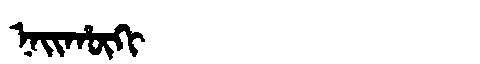
Manchu: ᠨᠠᡳᡥᡡᡴᡳ
Romanization: NAIHŪKI